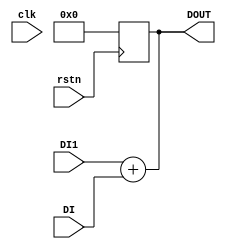
module ADD #(
	parameter DWIDTH=32
)
(
	input  wire clk,
	input  wire rstn,
	input	wire	[DWIDTH-1:0]		DI, //data in
	input	wire	[DWIDTH-1:0]		DI1,
	output	reg		[DWIDTH-1:0]		DOUT // data out
);

always @(posedge rstn) begin
		DOUT=32'b0;
end
always @ (*) begin
	DOUT[DWIDTH-1:0]=DI1[DWIDTH-1:0]+DI[DWIDTH-1:0];
end

endmodule